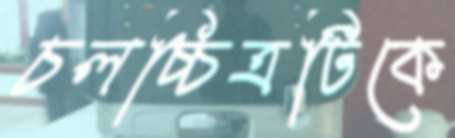
চলচ্চিত্রটিকে